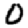
Digit: 0